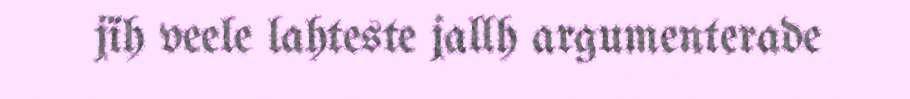
jïh veele lahteste jallh argumenterade